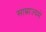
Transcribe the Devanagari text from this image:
साम्राज्यमें